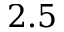
2 . 5